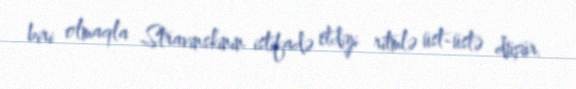
biri olmaqla Stravinskinin istifadə etdiyi ritmlə üst-üstə düşür.